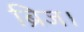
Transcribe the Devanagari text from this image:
ब्रिज।